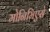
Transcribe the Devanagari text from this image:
मोनिमिएसे